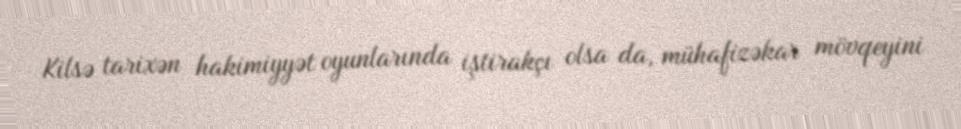
Kilsə tarixən hakimiyyət oyunlarında iştirakçı olsa da, mühafizəkar mövqeyini